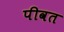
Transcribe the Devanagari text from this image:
पीवत